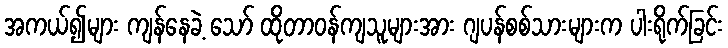
အကယ်၍များ ကျန်နေခဲ့ သော် ထိုတာဝန်ကျသူများအား ဂျပန်စစ်သားများက ပါးရိုက်ခြင်း